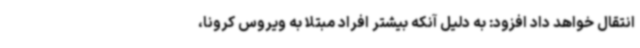
انتقال خواهد داد افزود: به دلیل آنکه بیشتر افراد مبتلا به ویروس کرونا،